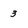
Character: 3